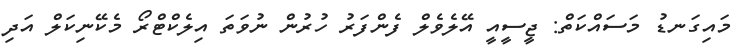
މައިގަނޑު މަސައްކަތް: ޖީސީއީ އޭލެވެލް ފެންފަރު ހުރުން ނުވަތަ އިލެކްޓްރޯ މެކޭނިކަލް އަދި